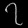
Digit: ၇